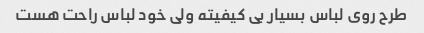
طرح روی لباس بسیار بی کیفیته ولی خود لباس راحت هست